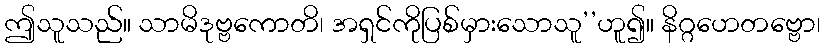
ဤသူသည်။ သာမိဒုဗ္ဗကောတိ၊ အရှင်ကိုပြစ်မှားသောသူ’’ဟူ၍။ နိဂ္ဂဟေတဗ္ဗော၊